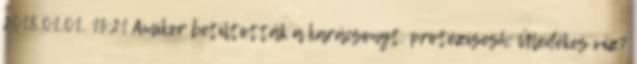
2018.01.01. 13:21 Amikor betiltották a karácsonyt. protézisesh: Üledékes víz?